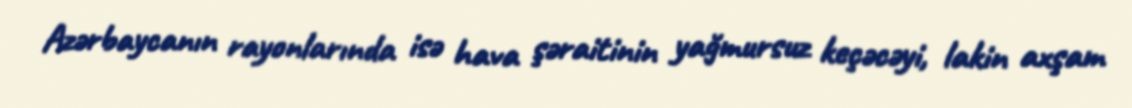
Azərbaycanın rayonlarında isə hava şəraitinin yağmursuz keçəcəyi, lakin axşam